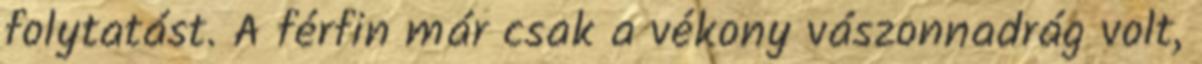
folytatást. A férfin már csak a vékony vászonnadrág volt,